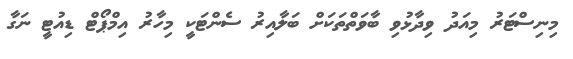
މިނިސްޓަރު މިއަދު ވިދާޅުވި ބާވަތްތަކަށް ބަލާއިރު ސެންޓަކީ މިހާރު އިމްޕޯޓް ޑިއުޓީ ނަގާ